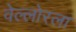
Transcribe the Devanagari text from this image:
वेल्लोरला